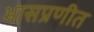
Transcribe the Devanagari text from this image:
भासप्रणीत